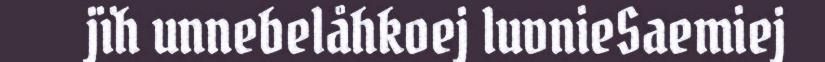
jïh unnebelåhkoej luvnieSaemiej